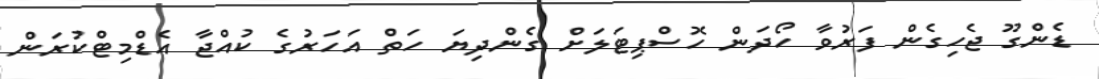
ޑެންގޫ ޖެހިގެން ފަރުވާ ހޯދަން ހޮސްޕިޓަލަށް ގެންދިޔަ ހަތް އަހަރުގެ ކުއްޖާ އެޑްމިޓްކުރަން